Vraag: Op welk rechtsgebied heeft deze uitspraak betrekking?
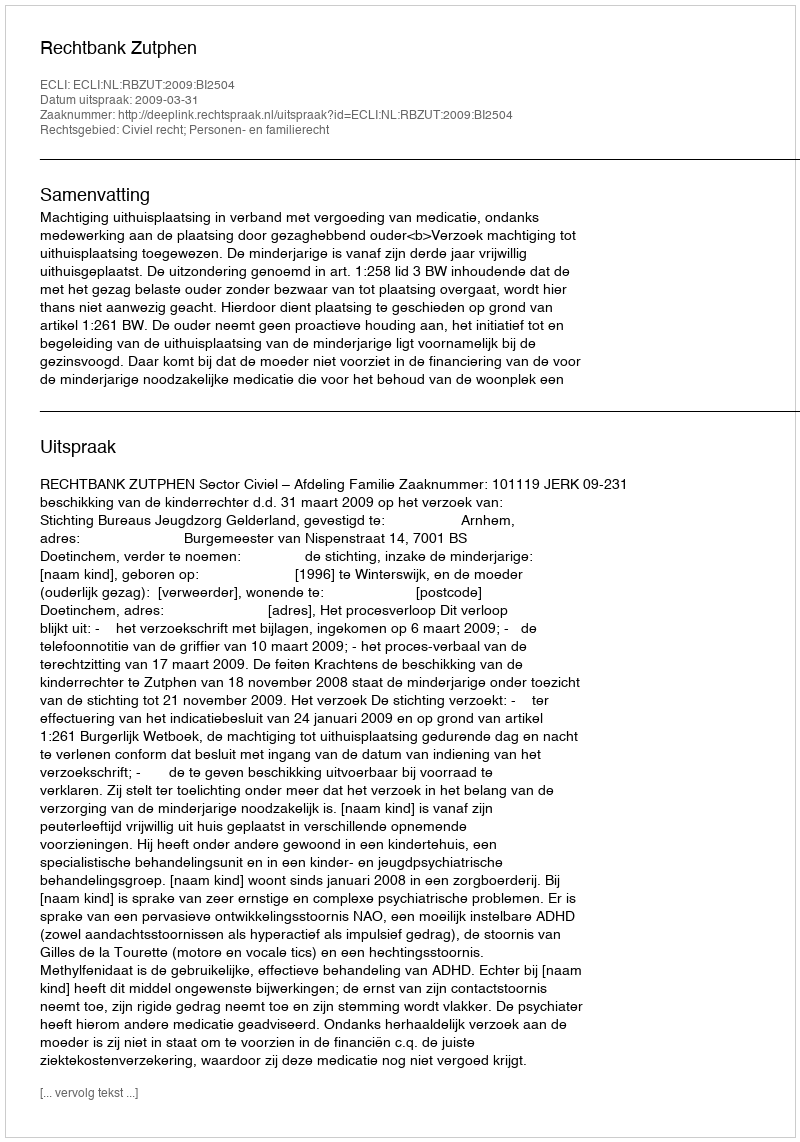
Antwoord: Civiel recht; Personen- en familierecht